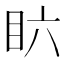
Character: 𱲪